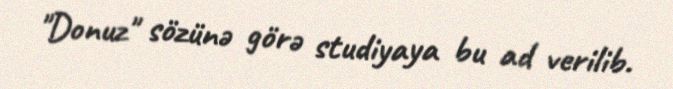
"Donuz" sözünə görə studiyaya bu ad verilib.